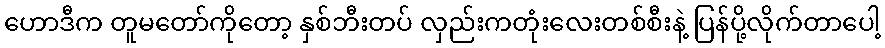
ဟောဒီက တူမတော်ကိုတော့ နှစ်ဘီးတပ် လှည်းကတုံးလေးတစ်စီးနဲ့ ပြန်ပို့လိုက်တာပေါ့